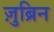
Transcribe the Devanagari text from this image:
ज़ुब्रिन